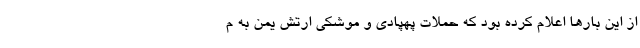
از این بارها اعلام کرده بود که حملات پهپادی و موشکی ارتش یمن به م